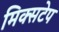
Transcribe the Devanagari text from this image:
मिक्सटेप